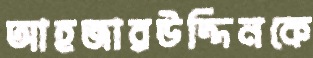
আহজারউদ্দিনকে